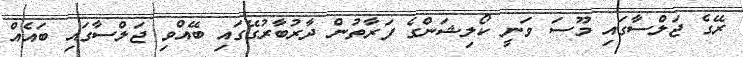
ރޭގެ ޖަލްސާގައި މޫސަ ވަނީ ކޯލިޝަންގެ ފަރާތުން ދާރުބާރުގޭގައި ބޭއްވި ޖަލްސާގައި ބައެއް